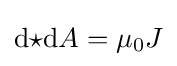
\mathrm {d} {\star }\mathrm {d} A=\mu _{0}J